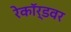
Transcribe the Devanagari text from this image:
रेकॉर्डवर